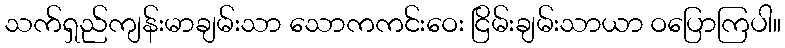
သက်ရှည်ကျန်းမာချမ်းသာ သောကကင်းဝေး ငြိမ်းချမ်းသာယာ ဝပြောကြပါ။